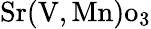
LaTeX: \mathrm{Sr}(\mathrm{V},\mathrm{Mn}){\mathrm{o}}_{3}